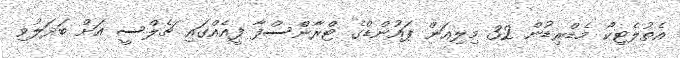
އެތުލެޓިކޯ މެޑްރިޑުން 32 މިލިއަން ޕައުންޑްގެ ޓްރާންސްފާ ފީއެއްގައި ޗެލްސީ އަށް ބަދަލުވި